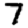
Digit: 7